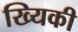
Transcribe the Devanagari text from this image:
ख्यिकी